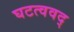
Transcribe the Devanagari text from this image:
घटत्ववद्